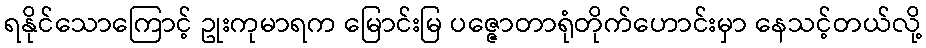
ရနိုင်သောကြောင့် ဥုးကုမာရက မြောင်းမြ ပဇ္ဇောတာရုံတိုက်ဟောင်းမှာ နေသင့်တယ်လို့